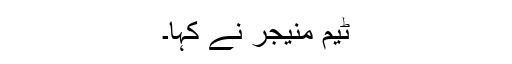
ٹیم منیجر نے کہا۔